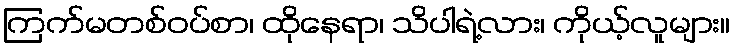
ကြက်မတစ်ဝပ်စာ၊ ထိုနေရာ၊ သိပါရဲ့လား၊ ကိုယ့်လူများ။